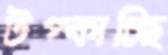
টপ্‌কাচ্ছি